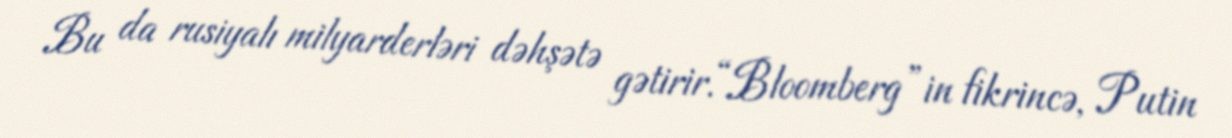
Bu da rusiyalı milyarderləri dəhşətə gətirir.“Bloomberg”in fikrincə, Putin